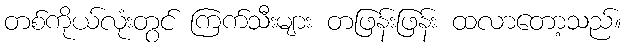
တစ်ကိုယ်လုံးတွင် ကြက်သီးများ တဖြန်းဖြန်း ထလာတော့သည်။